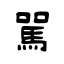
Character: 駡